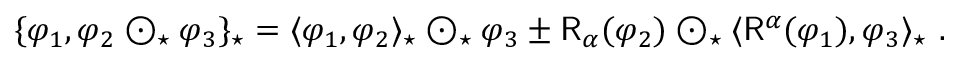
\begin{array} { r } { \{ \varphi _ { 1 } , \varphi _ { 2 } \odot _ { \star } \varphi _ { 3 } \} _ { \star } = \langle \varphi _ { 1 } , \varphi _ { 2 } \rangle _ { \star } \odot _ { \star } \varphi _ { 3 } \pm \mathsf { R } _ { \alpha } ( \varphi _ { 2 } ) \odot _ { \star } \langle \mathsf { R } ^ { \alpha } ( \varphi _ { 1 } ) , \varphi _ { 3 } \rangle _ { \star } \ . } \end{array}